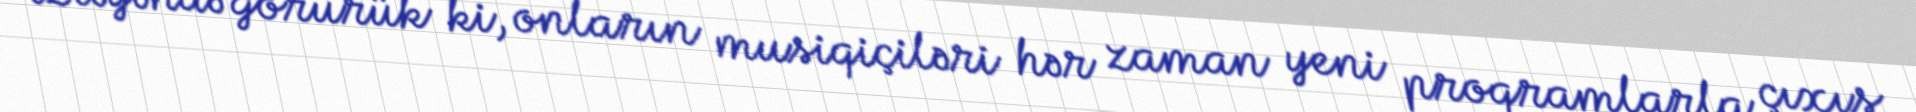
izləyəndə görürük ki, onların musiqiçiləri hər zaman yeni proqramlarla çıxış